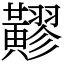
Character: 䵏